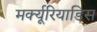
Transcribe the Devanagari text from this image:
मर्क्यूरियाडिस